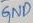
Text: GND